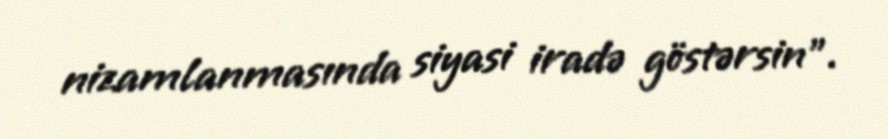
nizamlanmasında siyasi iradə göstərsin”.